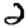
Digit: 2